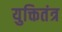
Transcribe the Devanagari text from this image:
युक्तितंत्र